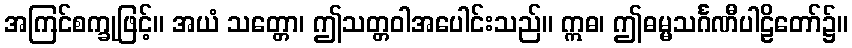
အကြင်စက္ခုဖြင့်။ အယံ သတ္တော၊ ဤသတ္တဝါအပေါင်းသည်။ ဣဓ၊ ဤဓမ္မသင်္ဂဏီပါဠိတော်၌။